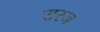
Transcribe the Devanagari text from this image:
सरज